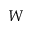
W